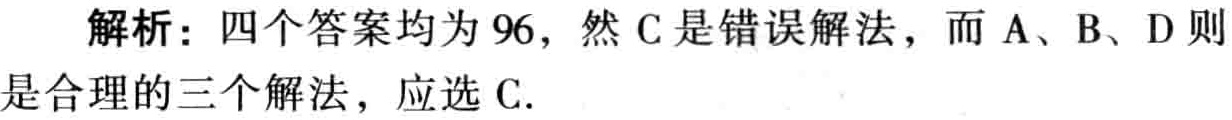
解析：四个答案均为 96，然 C 是错误解法，而 A、B、D 则是合理的三个解法，应选 C.